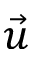
\Vec { u }